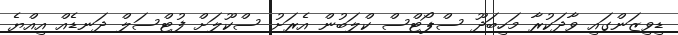
ޑިވިޒަންގައި ވާދަކުރާ މަހިބަދޫ ސްޕޯޓްސް ކްލަބުން އެރަށު ސްކޫލަށް ފުޓްސަލް ދަނޑެއް އިއްޔެ